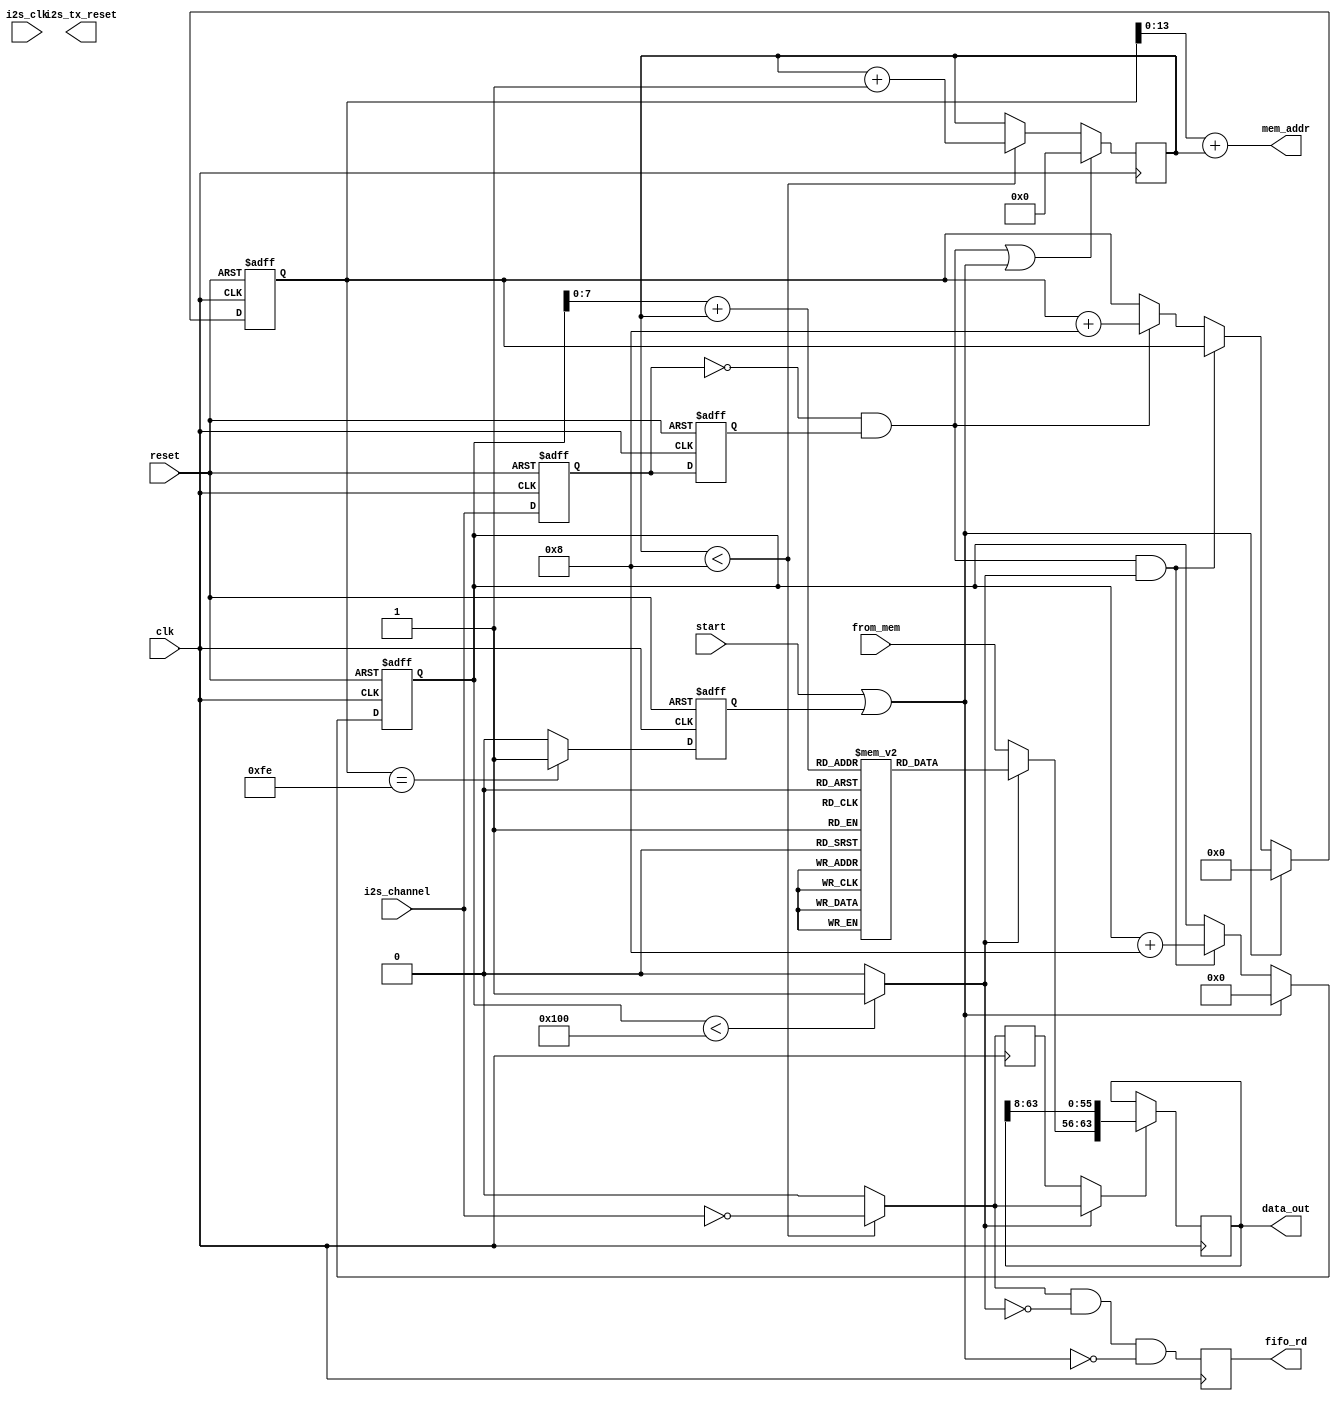
module i2s_control #(
	parameter AUDIO_DW = 32
)(
    input clk,
    input reset,

    input i2s_clk,
    output reg i2s_tx_reset,
    
    input start,
    input i2s_channel,
    output reg [AUDIO_DW * 2 - 1 : 0] data_out,

    output wire [13:0] mem_addr,
    output reg fifo_rd,
    input [7:0] from_mem
);

    localparam p_head_size = 256;
    localparam p_data_size = 256;
    localparam bpw = AUDIO_DW * 2 / 8; // bytes per word

    reg [15:0] data_cnt;
    reg        data_cnt_ov;
    reg [8:0] head_cnt;
    reg [3:0] pack_cnt;
    reg i2s_channel_z;
    reg i2s_channel_zz;
    wire i2s_channel_posedge;
    wire i2s_channel_negedge;
    wire tran_head;
    wire [7:0] new_byte;
    wire start_int;
    wire data_we;
    wire data_we_int;
    reg data_we_int_z;
    reg data_we_int_zz;

    reg [7:0] header_data [p_head_size - 1:0];

    initial begin : mem_init
        integer i;

        for (i = 0; i < p_head_size; i = i + 1) begin
            // if ((i >> 2) & 1)
            //     header_data[i] <= 8'h11;
            // else
            //     header_data[i] <= 8'h10;
            header_data[i] <= i;
        end
    end

    assign start_int = (start == 1) || data_cnt_ov;
    assign i2s_channel_posedge = i2s_channel_z && !i2s_channel_zz;
    assign i2s_channel_negedge = !i2s_channel_z && i2s_channel_zz;
    assign tran_head = (head_cnt < p_head_size) ? 1 : 0;
    assign new_byte = (tran_head == 1) ? header_data[head_cnt + pack_cnt] : from_mem;
    assign mem_addr = data_cnt + pack_cnt;
    assign data_we_int = (pack_cnt < bpw) ? !i2s_channel : 0;
    // assign fifo_rd = data_we_int && !tran_head && !start_int;
    assign data_we = (tran_head == 1) ? data_we_int : data_we_int_z;

    always @(posedge clk) begin
        fifo_rd <= data_we_int && !tran_head && !start_int;
    end

    always @(posedge clk) begin
        data_we_int_zz <= data_we_int_z;
        data_we_int_z <= data_we_int;

        if (i2s_channel_negedge == 1 || start_int == 1) begin
            pack_cnt <= 0;
        end else if (pack_cnt < bpw) begin
            pack_cnt <= pack_cnt + 1;
        end
        if (data_we == 1) begin
            data_out <= {new_byte, data_out[AUDIO_DW * 2 - 1 : 8]};
        end
    end



    always @(posedge clk or posedge reset) begin
        if (reset == 1) begin
            data_cnt <= 0;
            head_cnt <= 0;
            i2s_channel_zz <= 0;
            i2s_channel_z <= 0;
            data_cnt_ov <= 0;
        end else begin
            data_cnt_ov <= (data_cnt == (p_data_size - 2)) ? 1'b1 : 1'b0;
            i2s_channel_zz <= i2s_channel_z;
            i2s_channel_z <= i2s_channel;
            if (start_int == 1) begin
                data_cnt <= 0;
                head_cnt <= 0;
            end else begin
                if (i2s_channel_negedge == 1 && tran_head == 1) begin
                    head_cnt <= head_cnt + (AUDIO_DW * 2 / 8);
                end else if (i2s_channel_negedge == 1) begin
                    data_cnt <= data_cnt + (AUDIO_DW * 2 / 8);
                end
            end
        end
    end

endmodule